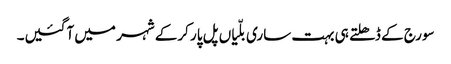
سورج کے ڈھلتے ہی بہت ساری بلّیاں پل پار کرکے شہر میں آگئیں۔